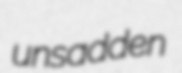
unsadden